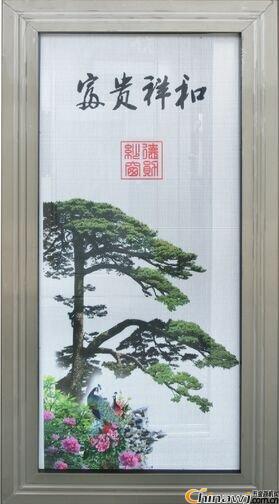
燕子又将春色去。纱窗一阵黄昏雨。